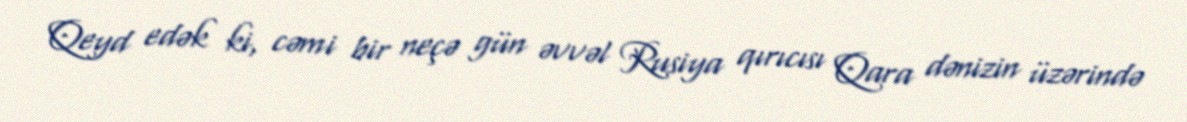
Qeyd edək ki, cəmi bir neçə gün əvvəl Rusiya qırıcısı Qara dənizin üzərində